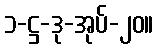
၁-ဋ္ဌ-ဒု-အုပ်-၂၀။